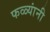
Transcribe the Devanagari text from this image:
फळ्यांनी